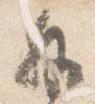
外